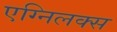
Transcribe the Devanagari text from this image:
एग्निलक्स